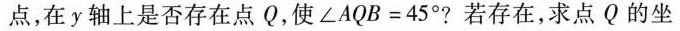
点，在y轴上是否存在点Q，使$$∠ A Q B = 45°$$?若存在，求点Q的坐